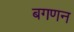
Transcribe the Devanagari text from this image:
बगणन